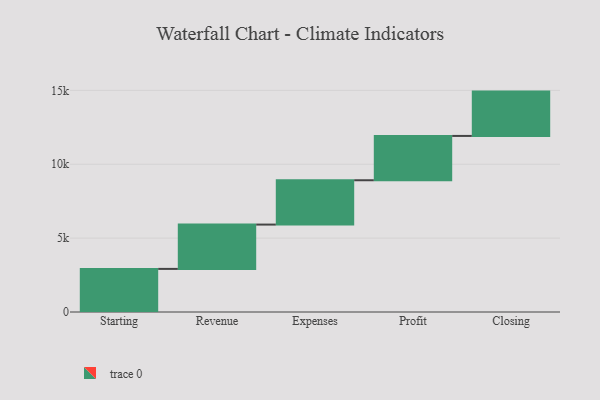
{"axis": {"x": "Step", "y": "Value"}, "legend": [""], "data": [{"x": "Starting", "y": 2917.0, "type": ""}, {"x": "Revenue", "y": 3000, "type": ""}, {"x": "Expenses", "y": 3000, "type": ""}, {"x": "Profit", "y": 3000, "type": ""}, {"x": "Closing", "y": 3000, "type": ""}]}